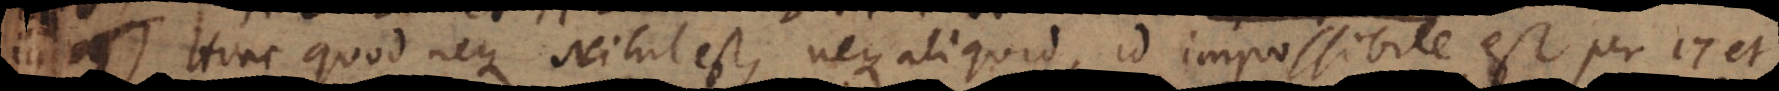
19) Hinc quod neque Nihil est, neque aliquid, id impossibile est per 17 et